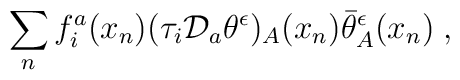
\sum_n f^a_i (x_n)(\tau_i {\cal D}_a \theta^{\epsilon})_A(x_n) \bar\theta^{\epsilon}_A(x_n) \; ,